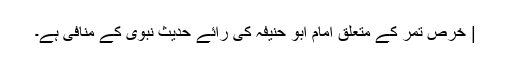
| خرصِ تمر کے متعلق امام ابو حنیفہؒ کی رائے حدیث نبوی کے منافی ہے۔